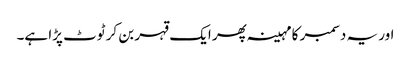
اور یہ دسمبر کا مہینہ پھر ایک قہر بن کر ٹوٹ پڑا ہے۔